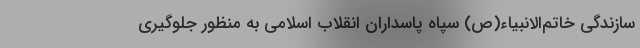
سازندگی خاتم‌الانبیاء(ص) سپاه پاسداران انقلاب اسلامی به منظور جلوگیری